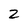
Character: 2